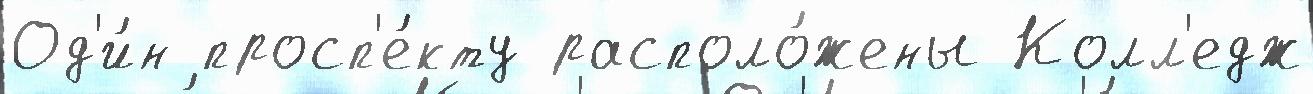
Од'и́н просп'е́кту располо́жены Колл'едж